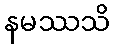
နမဿသိ